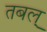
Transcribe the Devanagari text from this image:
तबल्